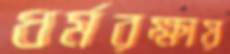
ধর্মরক্ষায়